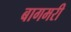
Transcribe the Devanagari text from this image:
बागमरी